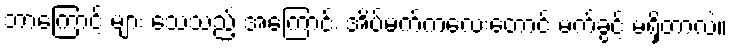
ဘာကြောင့် များ သေသည့် အကြောင်း အိပ်မက်ကလေးတောင် မက်ခွင့် မရှိတာလဲ။